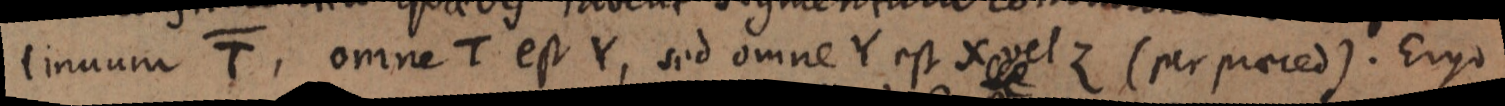
tinuum T, omne T est Y, sed omne Y est X vel Z (per praeced). Ergo